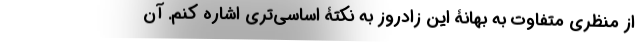
از منظری متفاوت به بهانۀ این زادروز به نکتۀ اساسی‌تری اشاره کنم. آن